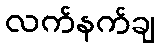
လက်နက်ချ